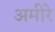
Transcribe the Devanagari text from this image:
अमीरे